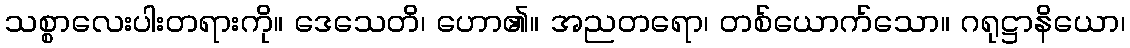
သစ္စာလေးပါးတရားကို။ ဒေသေတိ၊ ဟော၏။ အညတရော၊ တစ်ယောက်သော။ ဂရုဋ္ဌာနိယော၊